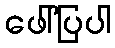
ဖေါ်ပြပါ